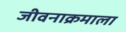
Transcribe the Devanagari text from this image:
जीवनाक्रमाला